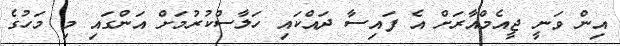
އިން ވަނީ ޖީއެމްއާރަށް އެ ފައިސާ ދައްކައި ހަލާސްކުރުމަށް އަންގައި މި މަހުގެ